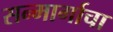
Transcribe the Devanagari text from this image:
सन्मार्गाचा